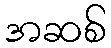
အဆစ်